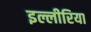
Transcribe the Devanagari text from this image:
इल्लीरिया